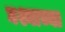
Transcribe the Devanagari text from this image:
घश्याच्या